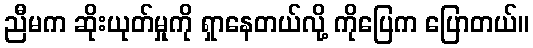
ညီမက ဆိုးယုတ်မှုကို ရှာနေတယ်လို့ ကိုပြေက ပြောတယ်။